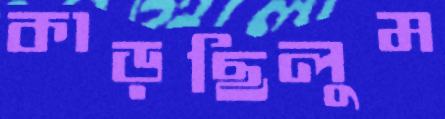
কাড়ছিলুম